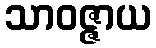
သာဝဇ္ဇာယ